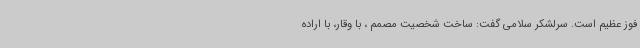
فوز عظیم است. سرلشکر سلامی گفت: ساخت شخصیت مصمم ، با وقار، با اراده